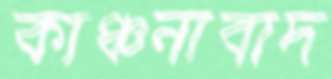
কাঞ্চনাবাদ